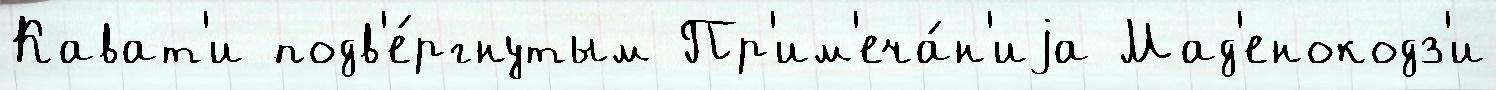
Кават'и подв'е́ргнутым Пр'им'еча́н'иjа Мад'енокодз'и